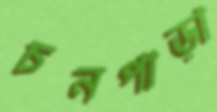
চনপাড়া